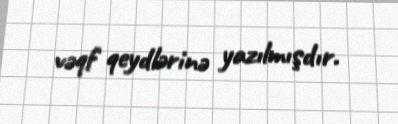
vəqf qeydlərinə yazılmışdır.